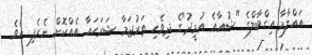
އައްލާމާ އިގްބާލްގެ "ޝުޢާޢެ އުމީދު"ގެ ދިވެހި ތަރުޖަމާ ޝަރަހައާ އެއްކޮށް ނެރެފި އެވެ.